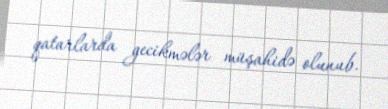
qatarlarda gecikmələr müşahidə olunub.